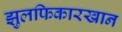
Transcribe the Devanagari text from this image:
झुलफिकारखान